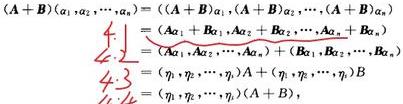
\[
\begin{align*}
(A + B)(\alpha_1,\alpha_2,\cdots,\alpha_n)&=((A + B)\alpha_1,(A + B)\alpha_2,\cdots,(A + B)\alpha_n)\\
&=(A\alpha_1 + B\alpha_1,A\alpha_2 + B\alpha_2,\cdots,A\alpha_n + B\alpha_n)\\
&=(A\alpha_1,A\alpha_2,\cdots,A\alpha_n)+(B\alpha_1,B\alpha_2,\cdots,B\alpha_n)\\
&=(\eta_1,\eta_2,\cdots,\eta_n)A+(\eta_1,\eta_2,\cdots,\eta_n)B\\
&=(\eta_1,\eta_2,\cdots,\eta_n)(A + B)
\end{align*}
\]